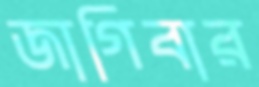
জাগিবার